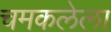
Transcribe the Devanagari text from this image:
चमकलेला